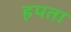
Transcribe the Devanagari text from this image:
हपता